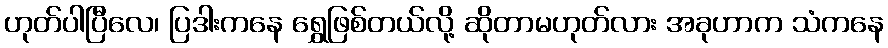
ဟုတ်ပါပြီလေ၊ ပြဒါးကနေ ရွှေဖြစ်တယ်လို့ ဆိုတာမဟုတ်လား အခုဟာက သံကနေ